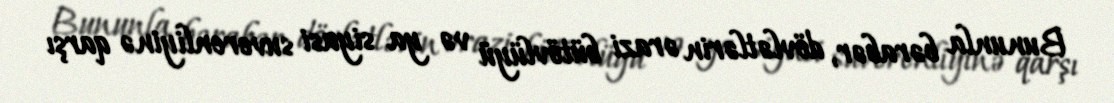
Bununla bərabər, dövlətlərin ərazi bütövlüyü və ya siyasi suverenliyinə qarşı